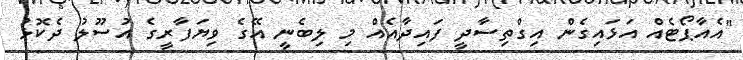
"އެއާޕޯޓެއް އަޅައިގެން އިގްތިސާދީ ފައިދާއެއް މި ލިބެނީ އޭގެ ވިޔަފާރީގެ އުސޫލު ދެކޮޅު